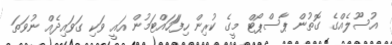
އުސޫލެއްގެ ގޮތުން ޕާސްޕޯޓް މީގެ ކުރިން ހިފަަހައްޓަމުން އައީ ވަކި ގަވައިދެއް ނުވަތަ